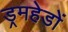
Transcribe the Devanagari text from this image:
ड्रमहेडों